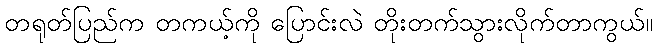
တရုတ်ပြည်က တကယ့်ကို ပြောင်းလဲ တိုးတက်သွားလိုက်တာကွယ်။